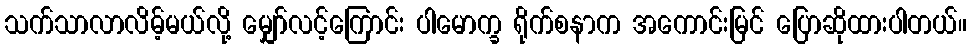
သက်သာလာလိမ့်မယ်လို့ မျှော်လင့်ကြောင်း ပါမောက္ခ ရိုက်စနာက အကောင်းမြင် ပြောဆိုထားပါတယ်။